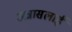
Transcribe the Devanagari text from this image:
अन्नासलाई